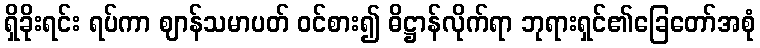
ရှိခိုးရင်း ရပ်ကာ ဈာန်သမာပတ် ဝင်စား၍ ဓိဋ္ဌာန်လိုက်ရာ ဘုရားရှင်၏ခြေတော်အစုံ